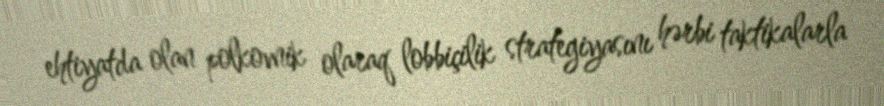
ehtiyatda olan polkovnik olaraq lobbiçilik strategiyasını hərbi taktikalarla